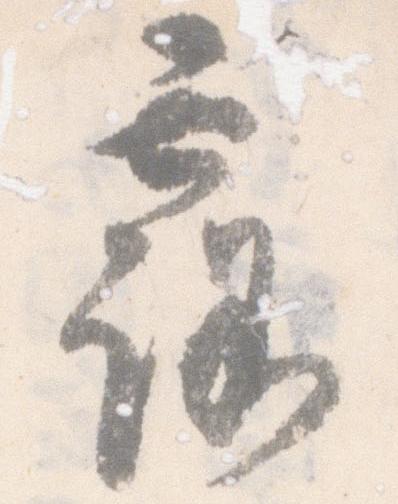
露